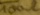
Text: 100Ω